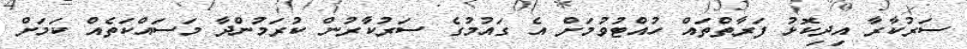
ސަރުކާރާ އިދިކޮޅު ފަރާތްތައް ހުއްޓުވުމަށް އެ ގައުމުގެ ސަރުކާރުން ކުރަމުންދާ މަސައްކަތެއް ކަމަށް